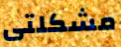
مشكلتى